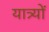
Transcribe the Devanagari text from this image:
यात्र्यों